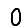
Digit: 0